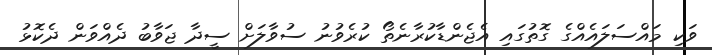
ވަކި މައްސަލައެއްގެ ގޮތުގައި އެޖެންޑާކުރާނެތޯ ކުރެވުނު ސުވާލަށް ސީދާ ޖަވާބު ދެއްވަން ދެކޮޅު